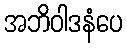
အဘိဝါဒနံပေ